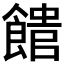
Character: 𩝡